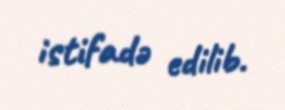
istifadə edilib.